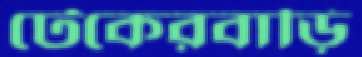
টেকেরবাড়ি